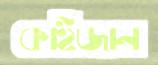
কাইজান